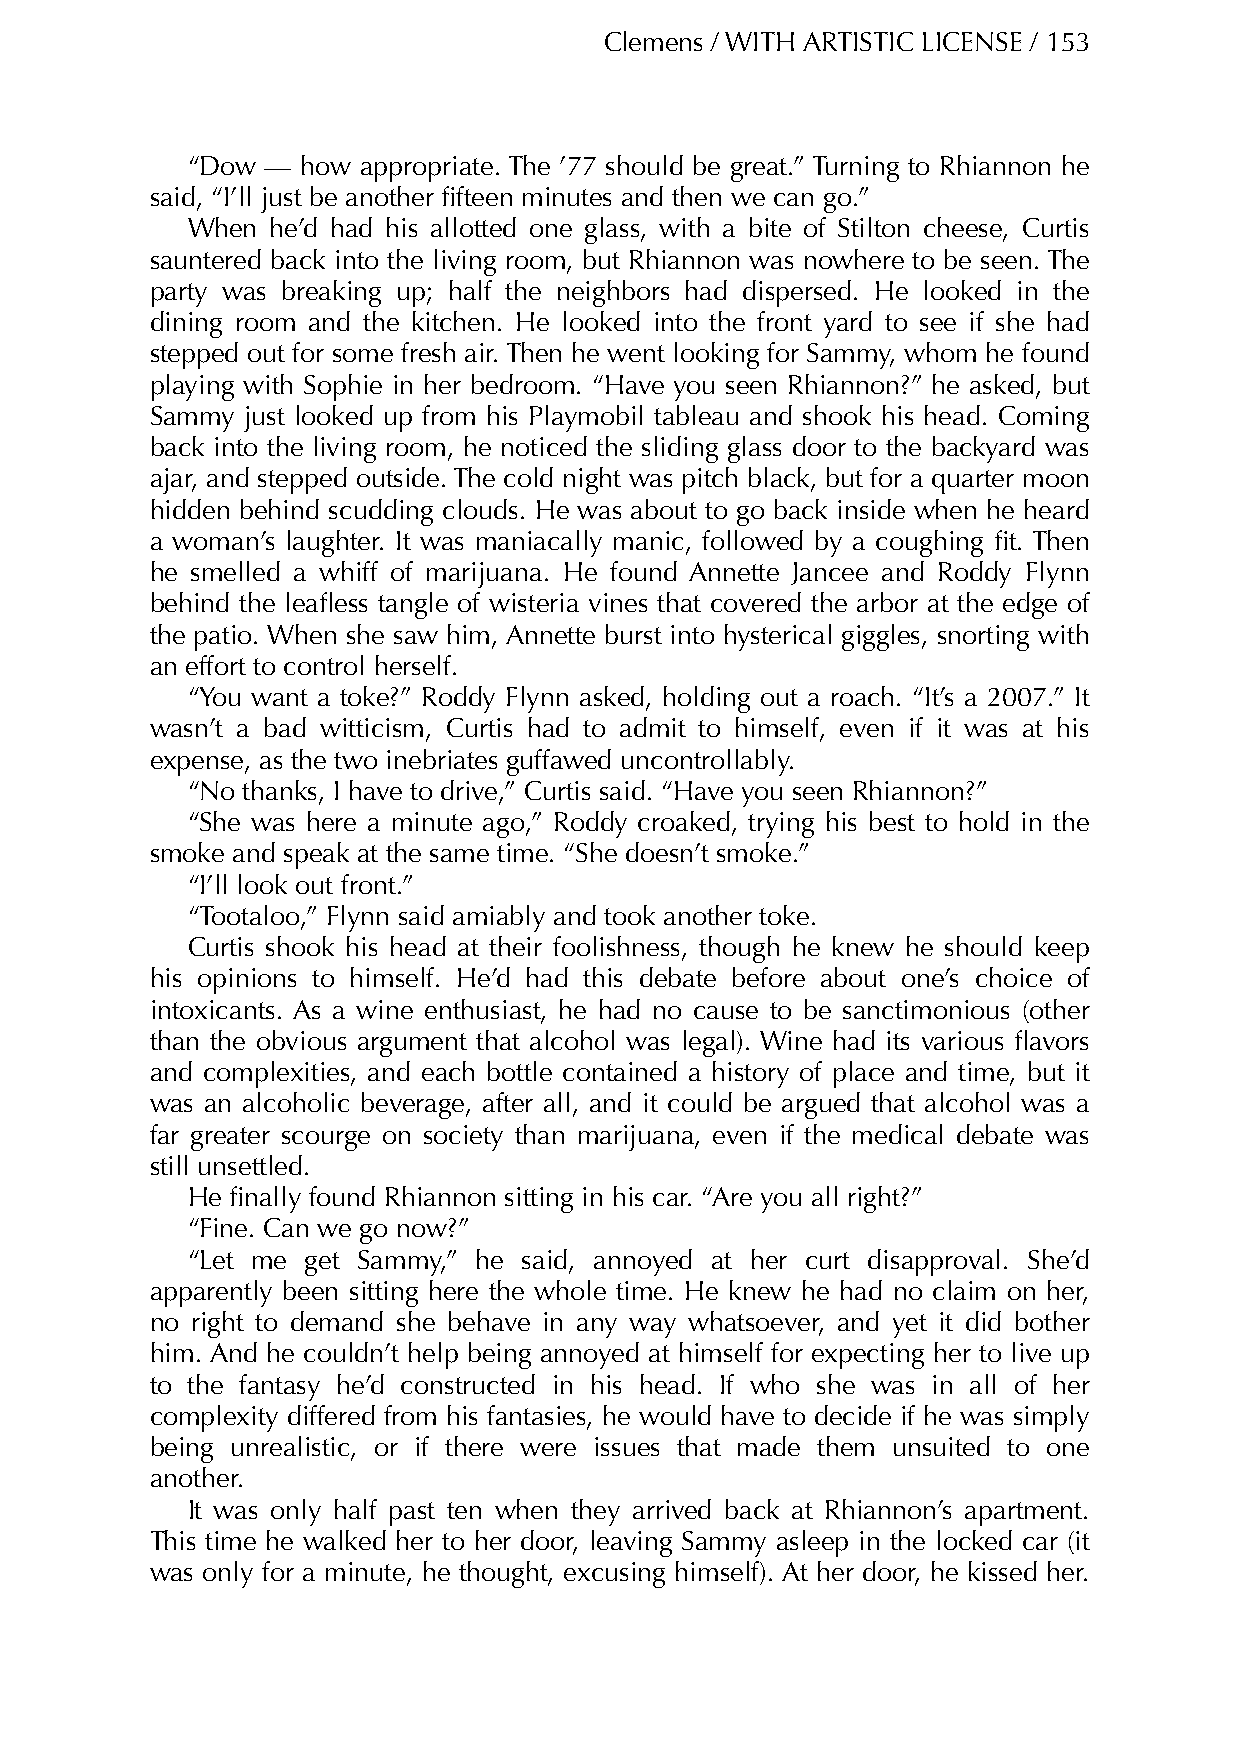
Clemens / WITH ARTISTIC LICENSE / 153
 “Dow  — how appropriate. The ’77 should be great.” Turning to Rhiannon he
 said, “I’ll just be another fifteen minutes and then we can go.”
 When  he’d had his allotted one glass, with a bite of Stilton cheese, Curtis
 sauntered back into the living room, but Rhiannon was nowhere to be seen. The
 party was breaking up; half the neighbors had dispersed. He looked in the
 dining room and the kitchen. He looked into the front yard to see if she had
 stepped out for some fresh air. Then he went looking for Sammy, whom he found
 playing with Sophie in her bedroom. “Have you seen Rhiannon?” he asked, but
 Sammy just looked up from his Playmobil tableau and shook his head. Coming
 back into the living room, he noticed the sliding glass door to the backyard was
 ajar, and stepped outside. The cold night was pitch black, but for a quarter moon
 hidden behind scudding clouds. He was about to go back inside when he heard
 a woman’s laughter. It was maniacally manic, followed by a coughing fit. Then
 he smelled a whiff of marijuana. He found Annette Jancee and Roddy Flynn
 behind the leafless tangle of wisteria vines that covered the arbor at the edge of
 the patio. When she saw him, Annette burst into hysterical giggles, snorting with
 an effort to control herself.
 “You want a toke?” Roddy Flynn asked, holding out a roach. “It’s a 2007.” It
 wasn’t a bad witticism, Curtis had to admit to himself, even if it was at his
 expense, as the two inebriates guffawed uncontrollably.
 “No thanks, I have to drive,” Curtis said. “Have you seen Rhiannon?”
 “She was here a minute ago,” Roddy croaked, trying his best to hold in the
 smoke and speak at the same time. “She doesn’t smoke.”
 “I’ll look out front.”
 “Tootaloo,” Flynn said amiably and took another toke.
 Curtis shook his head at their foolishness, though he knew he should keep
 his opinions to himself. He’d had this debate before about one’s choice of
 intoxicants. As a wine enthusiast, he had no cause to be sanctimonious (other
 than the obvious argument that alcohol was legal). Wine had its various flavors
 and complexities, and each bottle contained a history of place and time, but it
 was an alcoholic beverage, after all, and it could be argued that alcohol was a
 far greater scourge on society than marijuana, even if the medical debate was
 still unsettled.
 He finally found Rhiannon sitting in his car. “Are you all right?”
 “Fine. Can we go now?”
 “Let me get Sammy,” he said, annoyed at her curt disapproval. She’d
 apparently been sitting here the whole time. He knew he had no claim on her,
 no right to demand she behave in any way whatsoever, and yet it did bother
 him. And he couldn’t help being annoyed at himself for expecting her to live up
 to the fantasy he’d constructed in his head. If who she was in all of her
 complexity differed from his fantasies, he would have to decide if he was simply
 being unrealistic, or if there were issues that made them unsuited to one
 another.
 It was only half past ten when they arrived back at Rhiannon’s apartment.
 This time he walked her to her door, leaving Sammy asleep in the locked car (it
 was only for a minute, he thought, excusing himself). At her door, he kissed her.